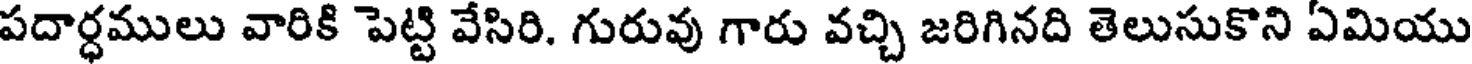
పదార్ధములు వారికి పెట్టి వేసిరి. గురువు గారు వచ్చి జరిగినది తెలుసుకొని ఏమియు